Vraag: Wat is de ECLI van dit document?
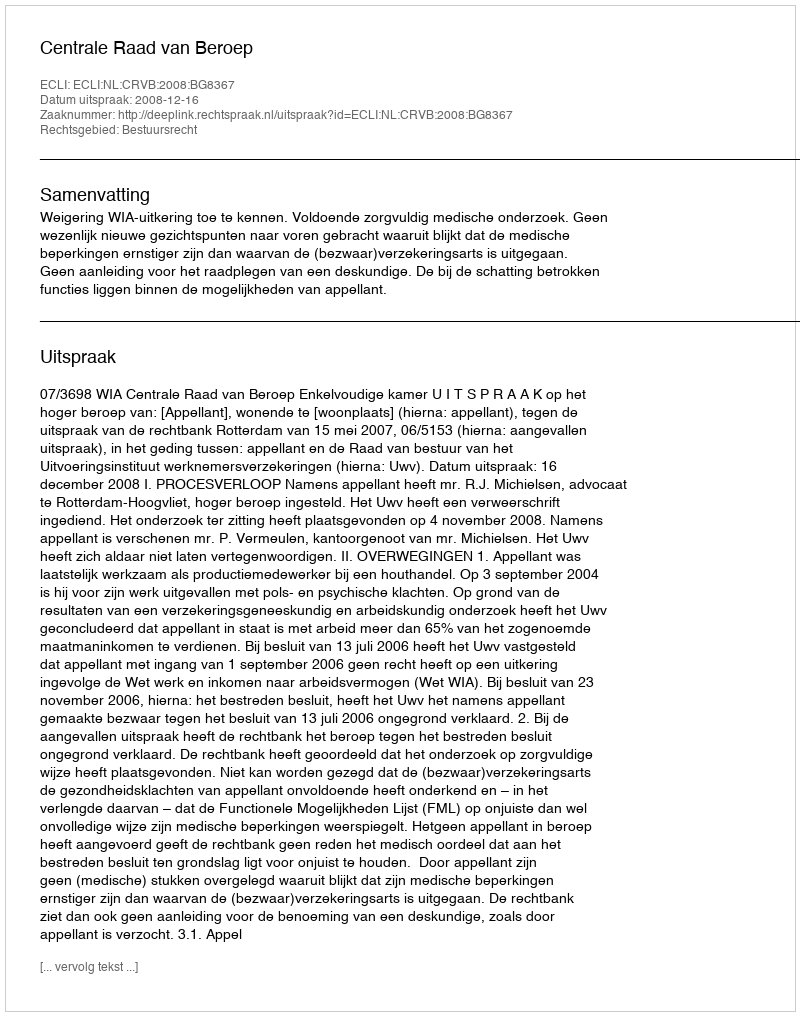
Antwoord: ECLI:NL:CRVB:2008:BG8367